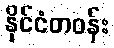
နိုင်ငံတဝန်း